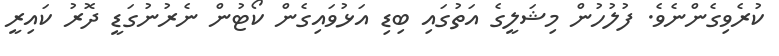
ކުރެވިގެންނެވެ. ފުލުހުން މިޝަލީގެ އަތުގައި ބިޑި އަޅުވައިގެން ކޯޓުން ނެރުނުގަޑީ ދޮރު ކައިރީ